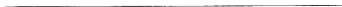
___